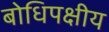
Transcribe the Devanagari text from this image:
बोधिपक्षीय